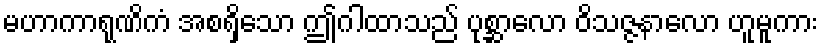
မဟာကာရုဏိကံ အစရှိသော ဤဂါထာသည် ပုစ္ဆာလော ဝိသဇ္ဇနာလော ဟူမူကား